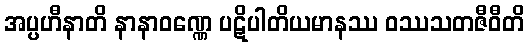
အပ္ပဟီနာတိ နာနာဝဏ္ဏေ ပဋိပါတိယမာနဿ ဝဿသတဇီဝီတိ